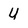
Character: U